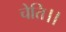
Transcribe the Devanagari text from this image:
चेति।।